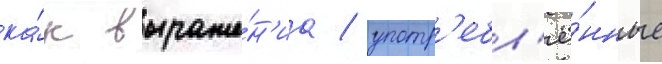
ка́к выраже́н'иа / употр'ебл'ё́нные